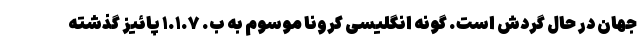
جهان در حال گردش است. گونه انگلیسی کرونا موسوم به ب. ۱.۱.۷ پائیز گذشته